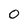
Character: 0